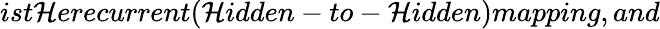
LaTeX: ist\mathcal{H}erecurrent(\mathcal{H}idden-to-\mathcal{H}idden)mapping,and